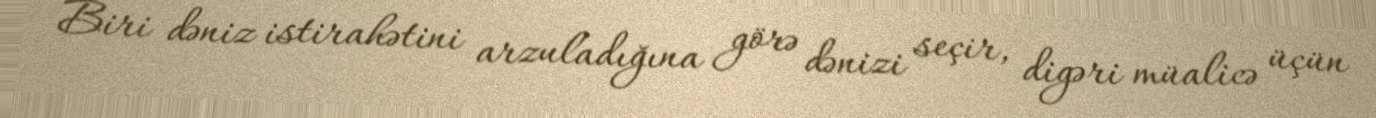
Biri dəniz istirahətini arzuladığına görə dənizi seçir, digəri müalicə üçün